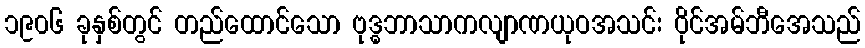
၁၉၀၆ ခုနှစ်တွင် တည်ထောင်သော ဗုဒ္ဓဘာသာကလျာဏယုဝအသင်း ဝိုင်အမ်ဘီအေသည်